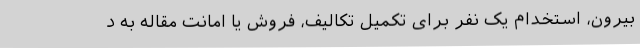
بیرون، استخدام یک نفر برای تکمیل تکالیف، فروش یا امانت مقاله به د